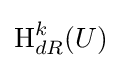
\operatorname {H} _{dR}^{k}(U)